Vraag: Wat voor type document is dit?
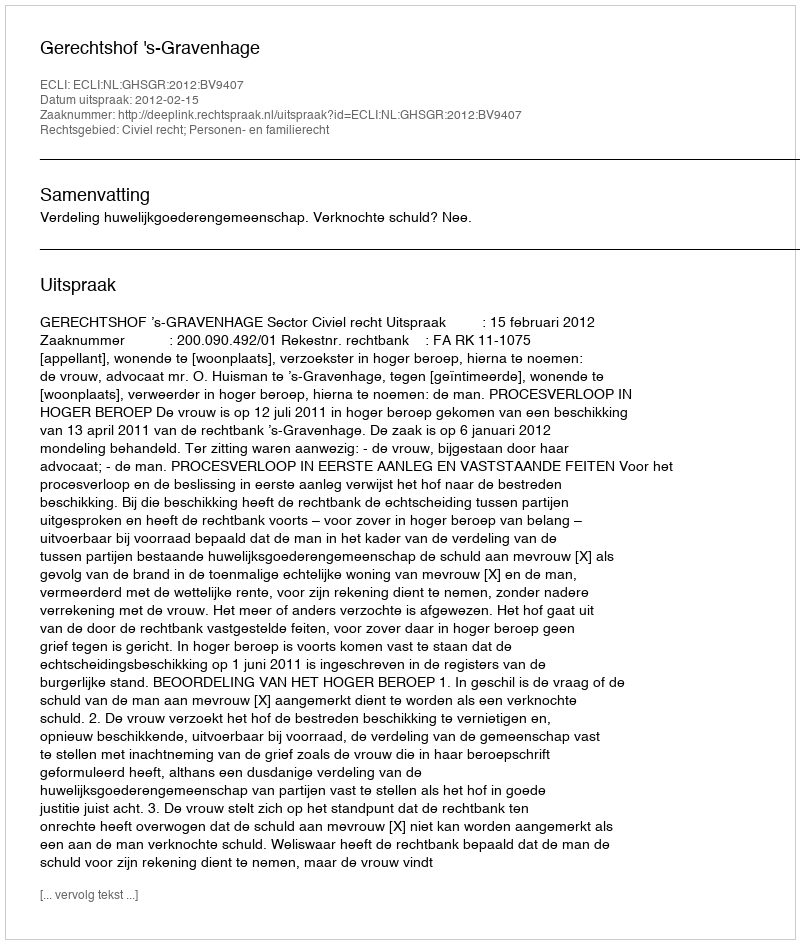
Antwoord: Uitspraak